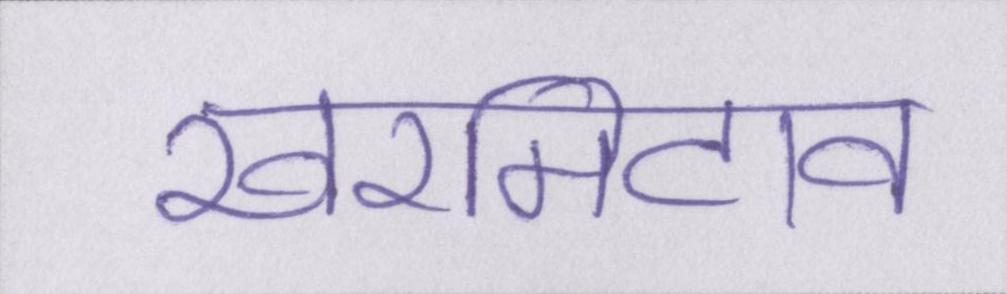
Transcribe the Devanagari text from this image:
खरमिटाव